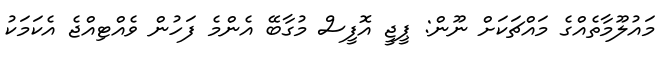
މައުލޫމާތެއްގެ މައްޗަކަށް ނޫން: ޕީޖީ އޮފީސް މުގާބޭ އެންމެ ފަހުން ވެއްޓިއްޖެ އެކަމަކު